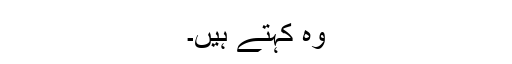
وہ کہتے ہیں۔